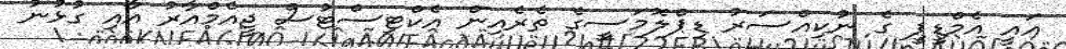
އައީ އެމްޑީޕީ ގެ ނުކިއްސަރު ޑިޕްލޮމަސީގެ ތެރެއިން އެކްޓިސްޓުސް ޖީއެމްއާރު އާއި ގުޅުނު